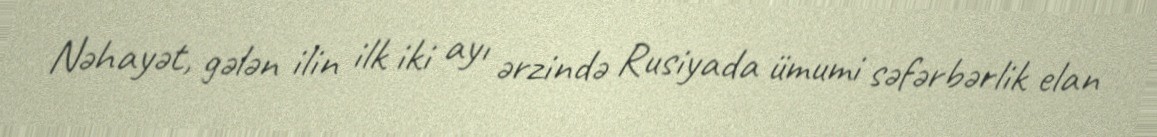
Nəhayət, gələn ilin ilk iki ayı ərzində Rusiyada ümumi səfərbərlik elan